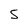
Character: 5